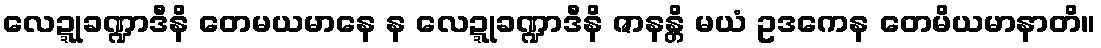
လေဍ္ဍုခဏ္ဍာဒီနိ တေမယမာနေ န လေဍ္ဍုခဏ္ဍာဒီနိ ဇာနန္တိ မယံ ဥဒကေန တေမိယမာနာတိ။